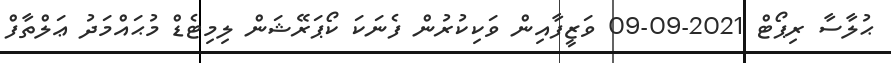
ޙުލާސާ ރިޕޯޓް 2021-09-09 ވަޒީފާއިން ވަކިކުރުން ފެނަކަ ކޯޕަރޭޝަން ލިމިޓެޑް މުޙައްމަދު ޢަލްތާފް